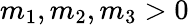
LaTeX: m_{1},m_{2},m_{3}>0